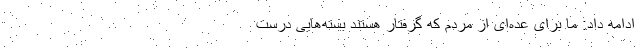
ادامه داد: ما برای عده‌ای از مردم که گرفتار هستند بسته‌هایی درست